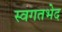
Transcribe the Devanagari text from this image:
स्वगतभेद